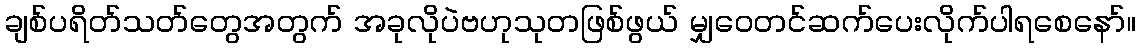
ချစ်ပရိတ်သတ်တွေအတွက် အခုလိုပဲဗဟုသုတဖြစ်ဖွယ် မျှဝေတင်ဆက်ပေးလိုက်ပါရစေနော်။